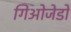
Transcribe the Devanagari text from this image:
गिओजेडो